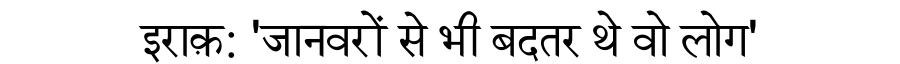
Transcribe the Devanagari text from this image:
इराक़: 'जानवरों से भी बदतर थे वो लोग'